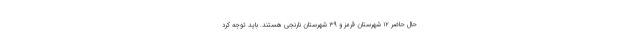
حال حاضر ۱۲ شهرستان قرمز و ۳۹ شهرستان نارنجی هستند. باید توجه کرد